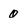
Character: 0